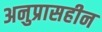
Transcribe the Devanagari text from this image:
अनुप्रासहीन